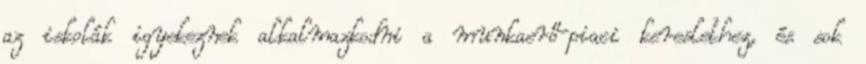
az iskolák igyekeznek alkalmazkodni a munkaerő-piaci kereslethez, és sok